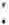
: